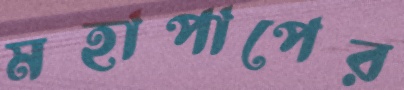
মহাপাপের